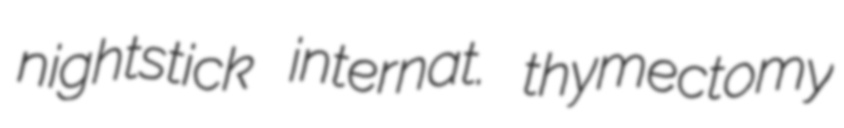
nightstick internat. thymectomy